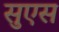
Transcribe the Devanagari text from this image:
सुएस